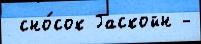
 сно́сок Гаскойн -